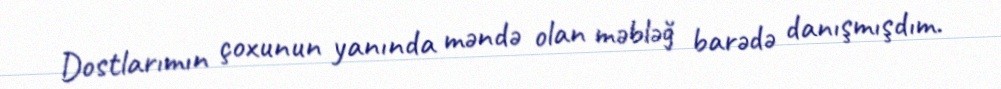
Dostlarımın çoxunun yanında məndə olan məbləğ barədə danışmışdım.